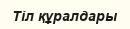
Тіл құралдары